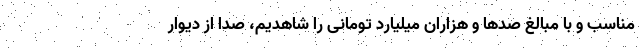
مناسب و با مبالغ صدها و هزاران میلیارد تومانی را شاهدیم، صدا از دیوار